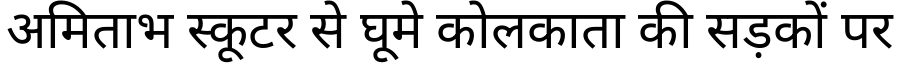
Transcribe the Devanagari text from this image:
अमिताभ स्कूटर से घूमे कोलकाता की सड़कों पर